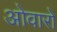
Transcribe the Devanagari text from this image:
ओवारो